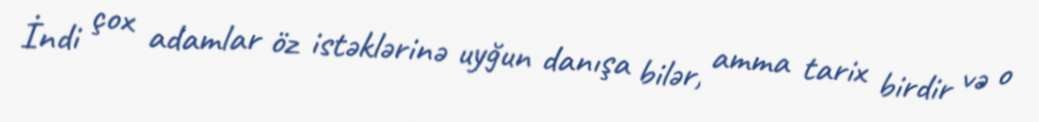
İndi çox adamlar öz istəklərinə uyğun danışa bilər, amma tarix birdir və o